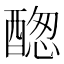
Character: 𨡮